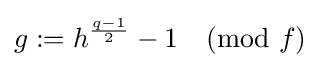
g:=h^{\frac {q-1}{2}}-1{\pmod {f}}